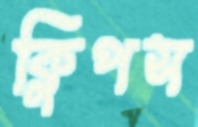
ক্লিপস